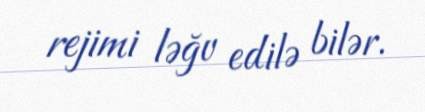
rejimi ləğv edilə bilər.